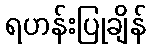
ရဟန်းပြုချိန်